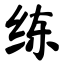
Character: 练